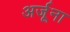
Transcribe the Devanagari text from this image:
अर्जूना